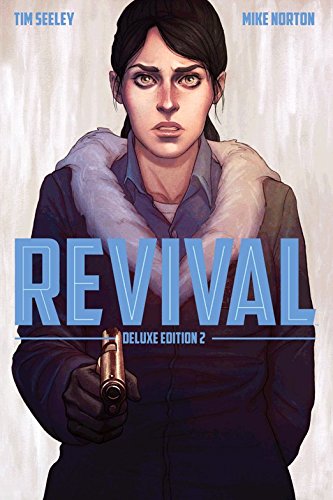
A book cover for Revival Deluxe Collection Volume 2 HC; Tim Seeley; Comics & Graphic Novels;